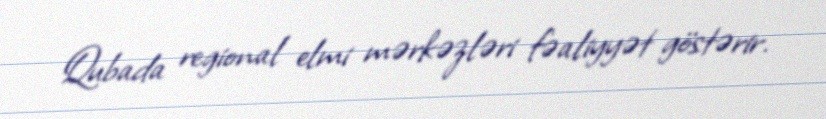
Qubada regional elmi mərkəzləri fəaliyyət göstərir.